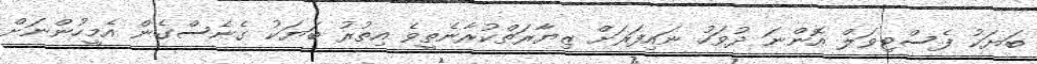
ބަޔަކު ފެސްޓިވަލް އޮންނަ ދުވަހު ނައިފަރަށް ޒިޔާރަތްކުރާނެތީވެ އިތުރު ބަޔަކު ގެނެސްގެން އެމީހުންނަށް